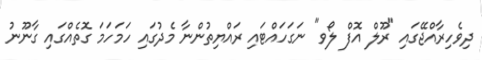
ދިވެހިރާއްޖޭގައި "ރޫލް އޮފް ލޯވ" ނަގަހައްޓައި ރައްޔިތުންނާ މެދުގައި ހަމަހަމަ ގޮތެއްގައި ގާނޫނު